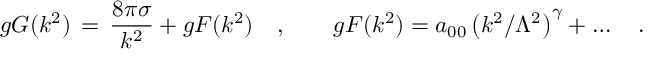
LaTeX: g G ( k ^ { 2 } ) \, = \, { \frac { 8 \pi \sigma } { k ^ { 2 } } } + g F ( k ^ { 2 } ) \quad , \qquad g F ( k ^ { 2 } ) = a _ { 0 0 } \left( k ^ { 2 } / \Lambda ^ { 2 } \right) ^ { \gamma } + \ldots \quad .